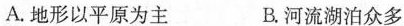
A.地形以平原为主 B.河流湖泊众多